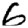
Digit: 6